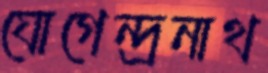
যোগেন্দ্রনাথ